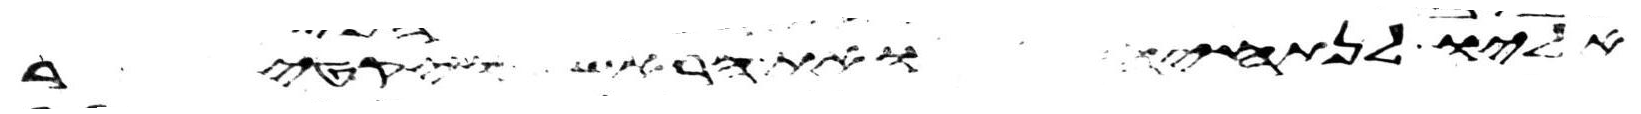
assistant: אליו לנתחיה ואת הראש ויקטר